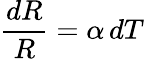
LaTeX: {\frac{dR}{R}}=\alpha\, dT